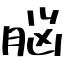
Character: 脳